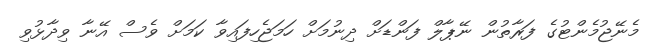
މެނޭޖުމެންޓުގެ ފަރާތުން ނޭޕާލް ފަންޑަށް ދިނުމަށް ހަމަޖެހިފައިވާ ކަމަށް ވެސް އޭނާ ވިދާޅުވި